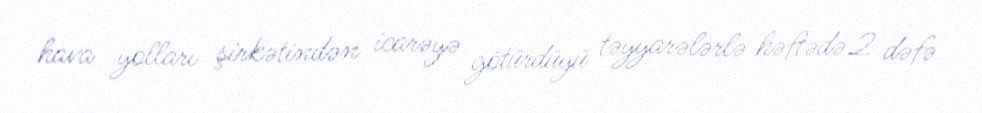
hava yolları şirkətindən icarəyə götürdüyü təyyarələrlə həftədə 2 dəfə